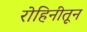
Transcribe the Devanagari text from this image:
रोहिनीतून